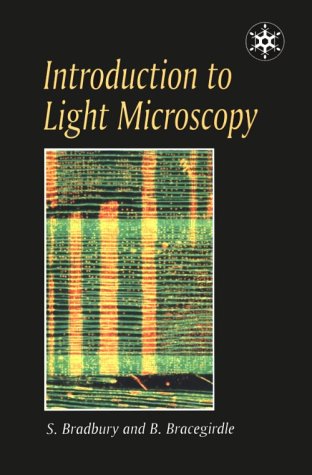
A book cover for Introduction to Light Microscopy (Microscopy Handbook); S. Bradbury; Science & Math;